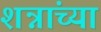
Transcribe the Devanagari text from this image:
शन्नांच्या